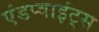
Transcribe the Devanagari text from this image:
एंडप्वाइंट्स